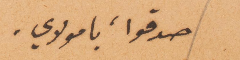
صدقا، يا مولاي